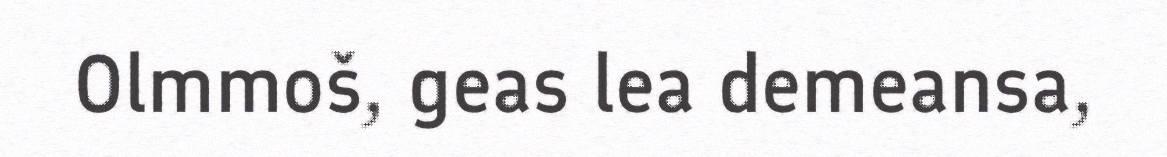
Olmmoš, geas lea demeansa,